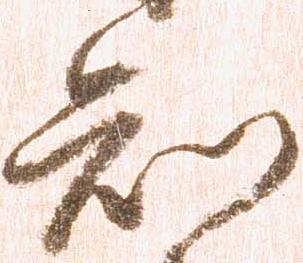
知